Malaria in the Duars
Disease focus: Malaria
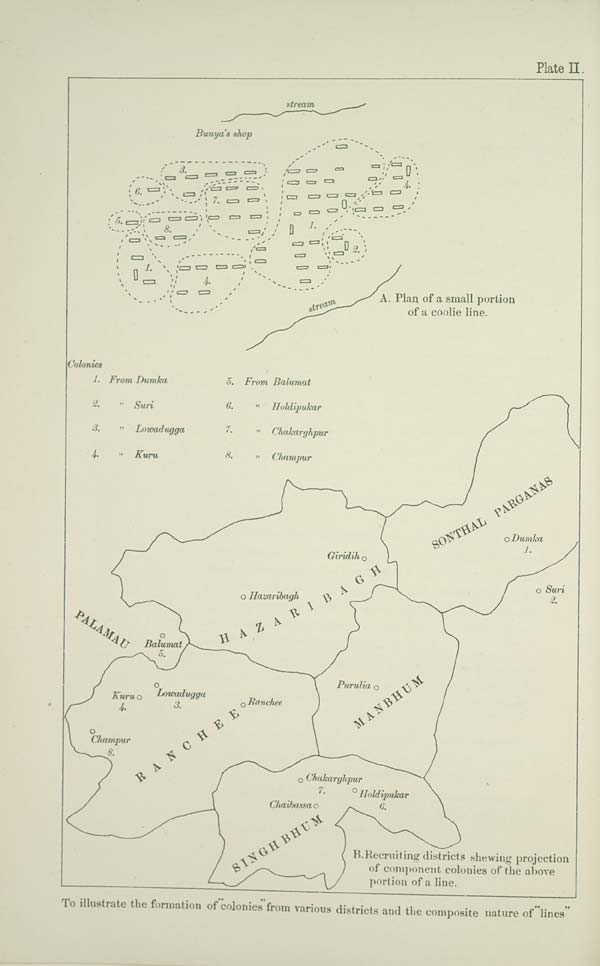
Plate II.
B. Recruiting districts shewing projection
of component colonies of the above
portion of a line.
To illustrate the formation of "colonies" from various districts and the composite nature of "lines"